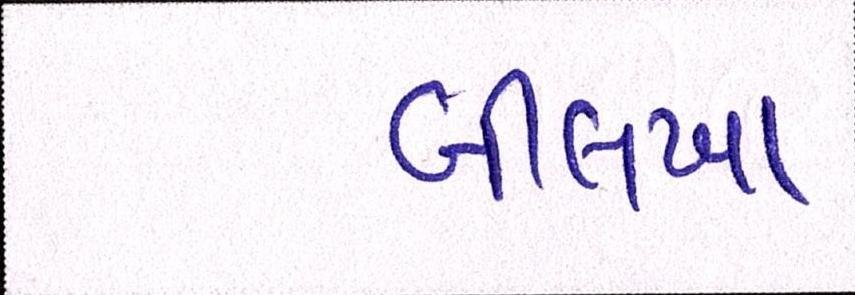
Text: બીલખા